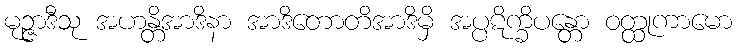
မုဉ္ဇာဒီသု အဟန္တိအာဒိနာ အာဒိတောတိအာဒိမှိ အပ္ပဋိက္ခိပန္တော ဝတ္ထုကာမော